Calcutta medical institutions reports 1892-1900
Year: 1892
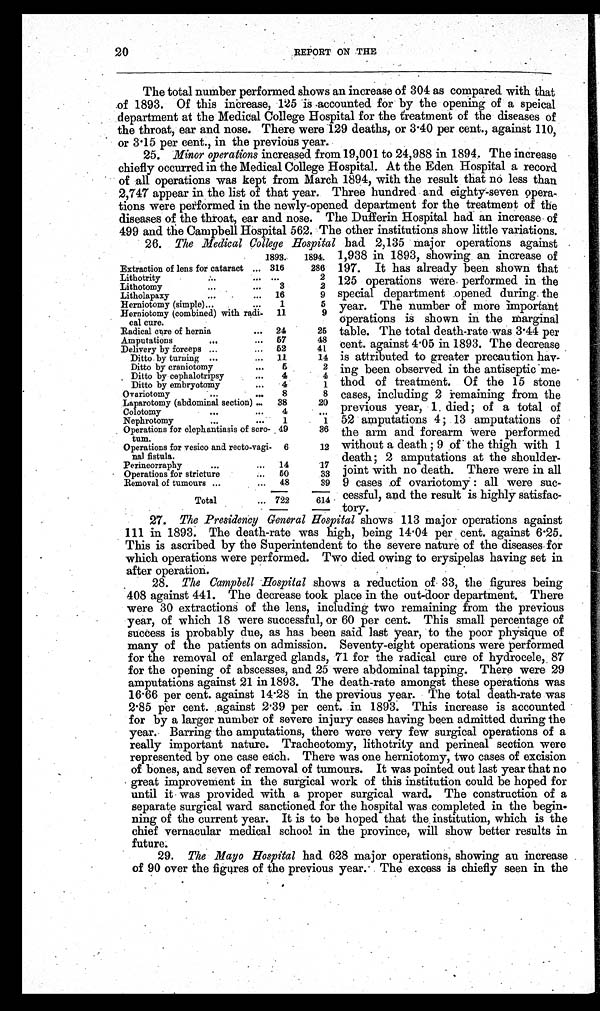
20
REPORT ON THE
The total number performed shows an increase of 304 as compared with that
of 1893. Of this increase, 125 is accounted for by the opening of a speical
department at the Medical College Hospital for the treatment of the diseases of
the throat, ear and nose. There were 129 deaths, or 3.40 per cent., against 110,
or 3.15 per cent., in the previous year.
25. Minor operations increased from 19,001 to 24,988 in 1894. The increase
chiefly occurred in the Medical College Hospital. At the Eden Hospital a record
of all operations was kept from March 1894, with the result that no less than
2,747 appear in the list of that year. Three hundred and eighty-seven opera-
-tions were performed in the newly-opened department for the treatment of the
diseases of the throat, ear and nose. The Dufferin Hospital had an increase of
499 and the Campbell Hospital 562. The other institutions show little variations.
26. The Medical College Hospital had 2,135 major operations against
1,938 in 1893, showing an increase of
197. It has already been shown that
125 operations were performed in the
special department opened during the
year. The number of more important
operations is shown in the marginal
table. The total death-rate was 3.44 per
cent. against 4.05 in 1893. The decrease
is attributed to greater precaution hav--
ing been observed in the antiseptic me--
thod of treatment. Of the 15 stone
cases, including 2 remaining from the
previous year, 1 died; of a total of
52 amputations 4 ; 13 amputations of
the arm and forearm were performed
without a death ; 9 of the thigh with 1
death ; 2 amputations at the shoulder-
joint with no death. There were in all
9 cases of ovariotomy : all were suc--
cessful, and the result is highly satisfac--
tory.
27. The Presidency General Hospital shows 113 major operations against
111 in 1893. The death-rate was high, being 14.04 per cent. against 6.25.
This is ascribed by the Superintendent to the severe nature of the diseases for
which operations were performed. Two died owing to erysipelas having set in
after operation.
28. The Campbell Hospital shows a reduction of 33, the figures being
408 against 441. The decrease took place in the out-door department. There
were 30 extractions of the lens, including two remaining from the previous
year, of which 18 were successful, or 60 per cent. This small percentage of
success is probably due, as has been said last year, to the poor physique of
many of the patients on admission. Seventy-eight operations were performed
for the removal of enlarged glands, 71 for the radical cure of hydrocele, 87
for the opening of abscesses, and 25 were abdominal tapping. There were 29
amputations against 21 in 1893. The death-rate amongst these operations was
16.66 per cent. against 14.28 in the previous year. The total death-rate was
2.85 per cent. against 2.39 per cent. in 1893. This increase is accounted
for by a larger number of severe injury cases having been admitted during the
year. Barring the amputations, there were very few surgical operations of a
really important nature. Tracheotomy, lithotrity and perineal section were
represented by one case each. There was one herniotomy, two cases of excision
of bones, and seven of removal of tumours. It was pointed out last year that no
great improvement in the surgical work of this institution could be hoped for
until it was provided with a proper surgical ward. The construction of a
separate surgical ward sanctioned for the hospital was completed in the begin-
ning of the current year. It is to be hoped that the institution, which is the
chief vernacular medical school in the province, will show better results in
future.
29. The Mayo Hospital had 628 major operations, showing an increase
of 90 over the figures of the previous year. The excess is chiefly seen in the
1893.
1894.
Extraction of lens for cataract ... 316
286
Lithotrity
... ...
. . .
2
Lithotomy
...
...
3
2
Litholapaxy
...
. . .
. . . 16
9
Herniotomy (simple)...
...
1
5
Herniotomy (combined) with radi-x
cal cure.
11
9
Radical care of hernia
...
24
25
Amputations
...
. . .
57
48
Delivery by forceps ...
52
41
Ditto by turning ...
11
14
Ditto by craniotomy
...
5
2
Ditto by cephalotripsy
...
4
4
Ditto by embryotomy
...
4
1
Ovariotomy
... ...
8
8
Laparotomy (abdominal section) ...
38
20
Colotomy
...
...
4
. . .
Nephrotomy
. . .
1
1
Operations for elephantiasis of scro-
tum.
49
36
Operations for vesico and recto-vagi-
nal fistula.
6
12
Perineorraphy
... ...
14
17
Operations for stricture
50
33
Removal of tumours ...
...
48
39
Total
... 722
614